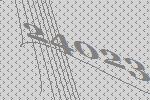
24023